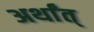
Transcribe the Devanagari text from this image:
अर्थांत्‌